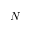
N